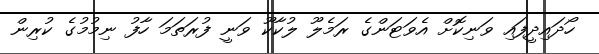
ހޯދައިދީފައި ވަނިކޮށް އެވަޓަންގެ ރަމެލޫ ލުކާކޫ ވަނީ ފުރަތަމަ ހާފު ނިމުމުގެ ކުރިން